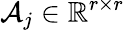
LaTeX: \mathcal{A}_{j}\in\mathbb{R}^{r\times r}